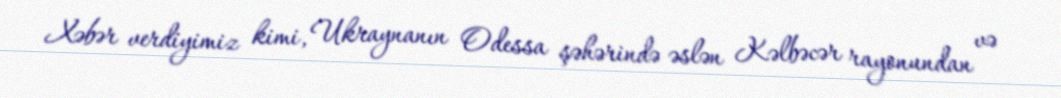
Xəbər verdiyimiz kimi, Ukraynanın Odessa şəhərində əslən Kəlbəcər rayonundan və